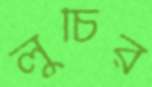
লুচির